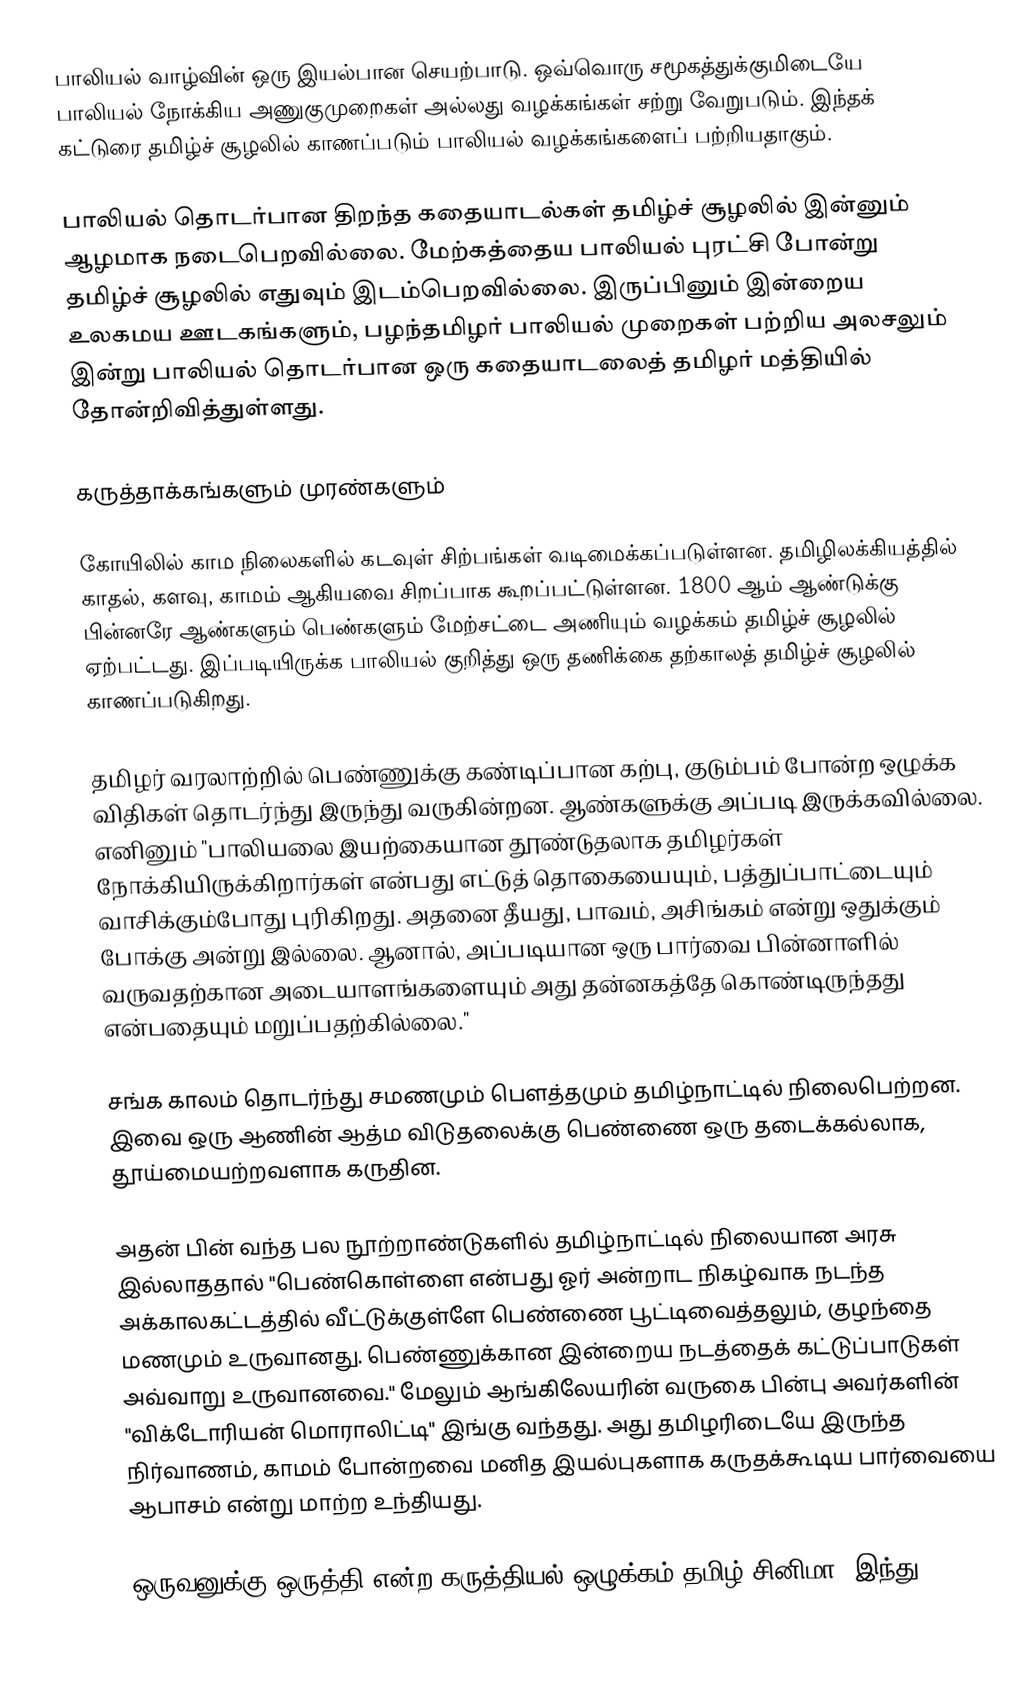
பாலியல் வாழ்வின் ஒரு இயல்பான செயற்பாடு.  ஒவ்வொரு சமூகத்துக்குமிடையே பாலியல் நோக்கிய அணுகுமுறைகள் அல்லது வழக்கங்கள் சற்று வேறுபடும்.  இந்தக் கட்டுரை தமிழ்ச் சூழலில் காணப்படும் பாலியல் வழக்கங்களைப் பற்றியதாகும்.

பாலியல் தொடர்பான திறந்த கதையாடல்கள் தமிழ்ச் சூழலில் இன்னும் ஆழமாக நடைபெறவில்லை.  மேற்கத்தைய பாலியல் புரட்சி போன்று தமிழ்ச் சூழலில் எதுவும் இடம்பெறவில்லை.  இருப்பினும் இன்றைய உலகமய ஊடகங்களும், பழந்தமிழர் பாலியல் முறைகள் பற்றிய அலசலும் இன்று பாலியல் தொடர்பான ஒரு கதையாடலைத் தமிழர் மத்தியில் தோன்றிவித்துள்ளது.

கருத்தாக்கங்களும் முரண்களும்

கோயிலில் காம நிலைகளில் கடவுள் சிற்பங்கள் வடிமைக்கப்படுள்ளன.  தமிழிலக்கியத்தில் காதல், களவு, காமம் ஆகியவை சிறப்பாக கூறப்பட்டுள்ளன.  1800 ஆம் ஆண்டுக்கு பின்னரே ஆண்களும் பெண்களும் மேற்சட்டை அணியும் வழக்கம் தமிழ்ச் சூழலில் ஏற்பட்டது. இப்படியிருக்க பாலியல் குறித்து ஒரு தணிக்கை தற்காலத் தமிழ்ச் சூழலில் காணப்படுகிறது.

தமிழர் வரலாற்றில் பெண்ணுக்கு கண்டிப்பான கற்பு, குடும்பம் போன்ற ஒழுக்க விதிகள் தொடர்ந்து இருந்து வருகின்றன. ஆண்களுக்கு அப்படி இருக்கவில்லை. எனினும் "பாலியலை இயற்கையான தூண்டுதலாக தமிழர்கள் நோக்கியிருக்கிறார்கள் என்பது எட்டுத் தொகையையும், பத்துப்பாட்டையும் வாசிக்கும்போது புரிகிறது. அதனை தீயது, பாவம், அசிங்கம் என்று ஒதுக்கும் போக்கு அன்று இல்லை. ஆனால், அப்படியான ஒரு பார்வை பின்னாளில் வருவதற்கான அடையாளங்களையும் அது தன்னகத்தே கொண்டிருந்தது என்பதையும் மறுப்பதற்கில்லை."

சங்க காலம் தொடர்ந்து சமணமும் பெளத்தமும் தமிழ்நாட்டில் நிலைபெற்றன.  இவை ஒரு ஆணின் ஆத்ம விடுதலைக்கு பெண்ணை ஒரு தடைக்கல்லாக, தூய்மையற்றவளாக கருதின.

அதன் பின் வந்த பல நூற்றாண்டுகளில் தமிழ்நாட்டில் நிலையான அரசு இல்லாததால் "பெண்கொள்ளை என்பது ஓர் அன்றாட நிகழ்வாக நடந்த அக்காலகட்டத்தில் வீட்டுக்குள்ளே பெண்ணை பூட்டிவைத்தலும், குழந்தை மணமும் உருவானது. பெண்ணுக்கான இன்றைய நடத்தைக் கட்டுப்பாடுகள் அவ்வாறு உருவானவை."  மேலும் ஆங்கிலேயரின் வருகை பின்பு அவர்களின் "விக்டோரியன் மொராலிட்டி" இங்கு வந்தது.  அது தமிழரிடையே இருந்த நிர்வாணம், காமம் போன்றவை மனித இயல்புகளாக கருதக்கூடிய பார்வையை ஆபாசம் என்று மாற்ற உந்தியது.

ஒருவனுக்கு ஒருத்தி என்ற கருத்தியல் ஒழுக்கம் தமிழ் சினிமா, இந்து